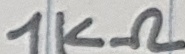
Text: 1KΩ